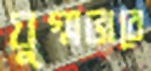
যুগ্মভাবে